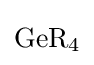
{\mathrm {GeR} {\vphantom {A}}_{\smash[{t}]{4}}}